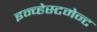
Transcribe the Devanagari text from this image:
इन्व्हेस्टमेन्ट